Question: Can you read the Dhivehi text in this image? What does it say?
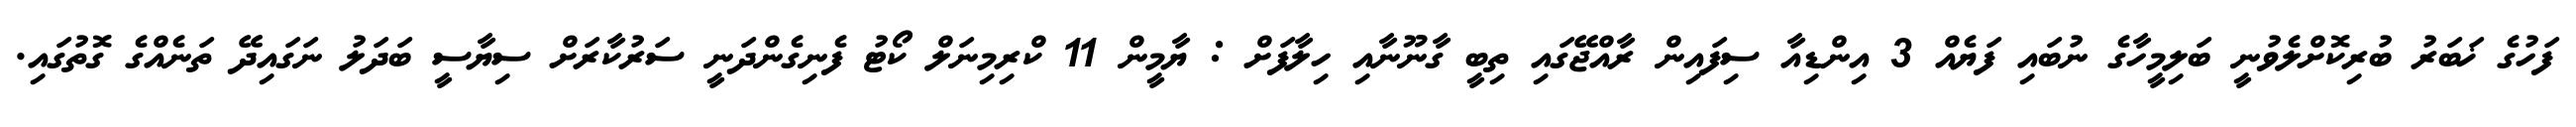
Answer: ފަހުގެ ޚަބަރު ބުރިކޮށްލެވުނީ ބަލިމީހާގެ ނުބައި ފަޔެއް 3 އިންޑިއާ ސިފައިން ރާއްޖޭގައި ތިބީ ގާނޫނާއި ހިލާފަށް : ޔާމީން 11 ކްރިމިނަލް ކޯޓު ފެނިގެންދަނީ ސަރުކާރަށް ސިޔާސީ ބަދަލު ނަގައިދޭ ތަނެއްގެ ގޮތުގައި.